system: You are a helpful assistant.
user:
Analyze the provided spectrum to determine if it is a **"Cataclysmic Variables (CV)"**.

- **Key Indicators for CV (Check for either state):**
    - **State 1: Quiescent / Low-State (Emission-Dominated)**
        - **(Primary):** Strong and *very broad* Hydrogen Balmer emission lines (e.g., $H\alpha$ at 6563 Å, $H\beta$ at 4861 Å). The 'broadness' (high velocity dispersion, often FWHM > 1000 km/s) is the key diagnostic, indicating a high-velocity accretion disk.
        - **(Secondary):** Broad neutral Helium (He I) emission lines (e.g., 5876 Å, 6678 Å).
        - **(Key Confirmation):** Presence of high-excitation *ionized* Helium (He II) emission at 4686 Å. This is a strong indicator of accretion onto a white dwarf.
        - **(Line Profile):** Emission lines may exhibit a 'double-peaked' profile, which is a classic signature of a rotating accretion disk viewed at high inclination.

    - **State 2: Outburst / High-State (Absorption-Dominated)**
        - **(Primary):** Spectrum is dominated by a bright, blue continuum (looks like a hot star).
        - **(Secondary):** The emission lines from State 1 are weak, absent, or 'filled in', and are replaced by broad, shallow *absorption* lines (primarily Balmer and He I).
        - **(Morphology):** The overall spectrum mimics a hot B/A-type star. The crucial difference is that the absorption lines are significantly broader, shallower, and more 'washed-out' (or 'smeared') than the sharp lines of a normal stellar photosphere, due to high rotational speeds and pressure broadening in the disk.

Think first, call **spectral_visualization_tool** if needed to examine features in detail, then provide your final answer. Your response must adhere to the following strict rules:
1.  **Overall Structure:** Your response must follow the format `<think>...</think> <tool_call>...</tool_call> (if a tool is used) <answer>...</answer>`.
2.  **Tool Usage Constraint:** You may only make **one** tool call per turn.
3.  **Final Answer Format:** In the `<answer>` tag, your conclusion must be inside a `\boxed{}` command (e.g., `\boxed{YES}`), followed by your justification.

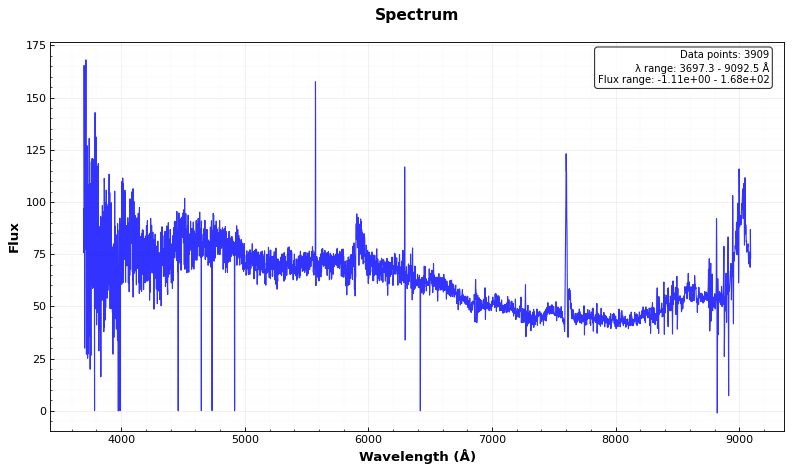
Answer: NO